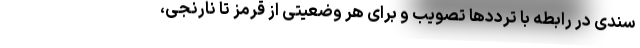
سندی در رابطه با ترددها تصویب و برای هر وضعیتی از قرمز تا نارنجی،